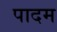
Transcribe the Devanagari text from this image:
पादम